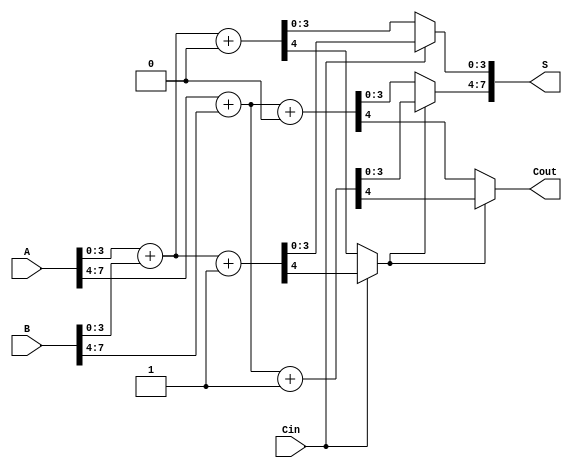
module carry_select_adder (
    input [7:0] A,        // 8-bit input A
    input [7:0] B,        // 8-bit input B
    input Cin,            // Carry-in
    output [7:0] S,       // 8-bit sum output
    output Cout           // Carry-out
);

    wire [3:0] S1_0, S1_1; // Sums for the first block (4 bits)
    wire Cout_1_0, Cout_1_1; // Carry outs for the first block
    wire [3:0] S2_0, S2_1; // Sums for the second block (4 bits)
    wire Cout_2_0, Cout_2_1; // Carry outs for the second block

    // First block (A[3:0] + B[3:0])
    // When Cin = 0
    assign {Cout_1_0, S1_0} = A[3:0] + B[3:0] + 1'b0;
    // When Cin = 1
    assign {Cout_1_1, S1_1} = A[3:0] + B[3:0] + 1'b1;

    // Second block (A[7:4] + B[7:4])
    // When Cin = 0
    assign {Cout_2_0, S2_0} = A[7:4] + B[7:4] + 1'b0;
    // When Cin = 1
    assign {Cout_2_1, S2_1} = A[7:4] + B[7:4] + 1'b1;

    // MUX for the first block based on Cin
    wire [3:0] S1_selected;
    wire Cout_selected;
    
    assign S1_selected = (Cin) ? S1_1 : S1_0;
    assign Cout_selected = (Cin) ? Cout_1_1 : Cout_1_0;

    // MUX for the second block based on the carry out of the first block
    assign S = {S2_selected, S1_selected};
    assign Cout = Cout_2_selected;

    // MUX for the second block's sum and carry-out based on Cout_selected
    wire [3:0] S2_selected;
    wire Cout_2_selected;

    assign S2_selected = (Cout_selected) ? S2_1 : S2_0;
    assign Cout_2_selected = (Cout_selected) ? Cout_2_1 : Cout_2_0;

endmodule